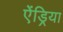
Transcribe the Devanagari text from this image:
ऐंड्रिया